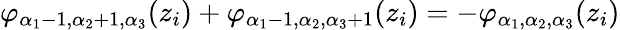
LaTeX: \varphi_{\alpha_{1}-1,\alpha_{2}+1,\alpha_{3}}(z_{i})+\varphi_{\alpha_{1}-1,\alpha_{2},\alpha_{3}+1}(z_{i})=-\varphi_{\alpha_{1},\alpha_{2},\alpha_{3}}(z_{i})